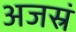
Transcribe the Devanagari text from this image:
अजस्रं